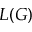
L ( G )